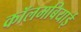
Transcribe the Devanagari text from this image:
कॉलमबियाई